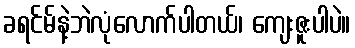
ခရင်မ်နဲ့ဘဲလုံလောက်ပါတယ်၊ ကျေးဇူးပါပဲ။